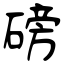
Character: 磅